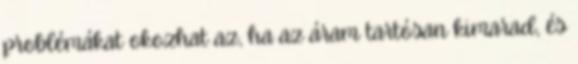
problémákat okozhat az, ha az áram tartósan kimarad, és